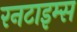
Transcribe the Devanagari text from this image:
रनटाइम्स